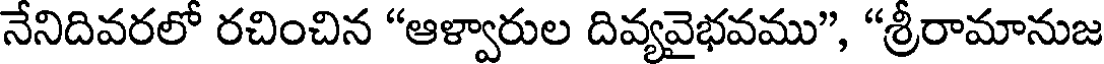
నేనిదివరలో రచించిన "ఆళ్వారుల దివ్యవైభవము", "శ్రీరామానుజ